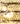
ما